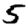
Digit: 5